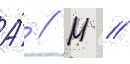
А́ // М //